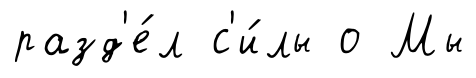
разд'е́л с'и́лы о Мы